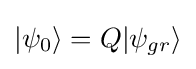
|{\psi _{0}}\rangle =Q|{\psi _{gr}}\rangle